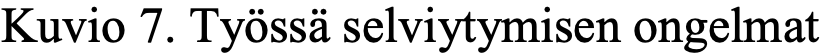
Kuvio 7. Työssä selviytymisen ongelmat